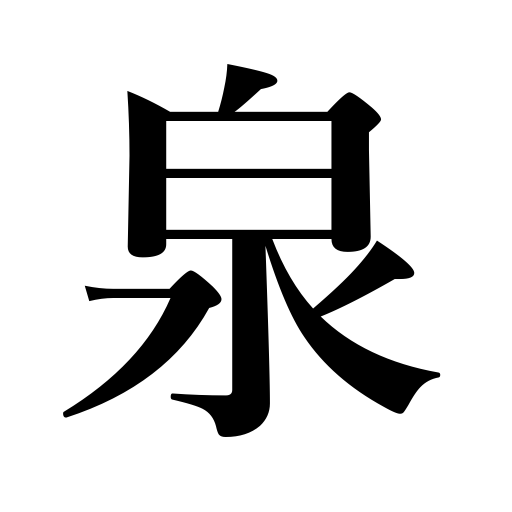
Meanings: spring,source,fountain head